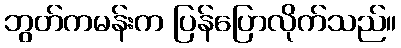
ဘွတ်ကမန်းက ပြန်ပြောလိုက်သည်။